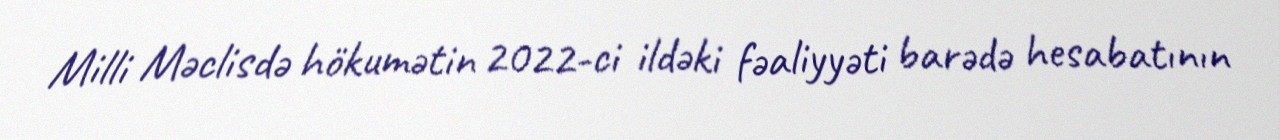
Milli Məclisdə hökumətin 2022-ci ildəki fəaliyyəti barədə hesabatının